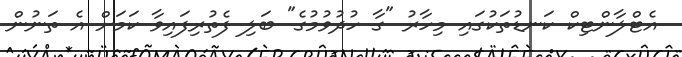
އެޓްލާންޓިކް ކަނޑުތަކުގައި މިހާރު "ގާ ހުދުވުމުގެ" ބަލި ފެތުރިފައިވާ ކަމަށް އެެ ތަނުން